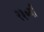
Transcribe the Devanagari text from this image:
२३०वाँ